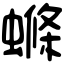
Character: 螩